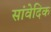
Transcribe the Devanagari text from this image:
सांवेदिक